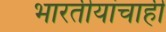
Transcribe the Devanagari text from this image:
भारतीयांचाही